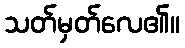
သတ်မှတ်လေ၏။